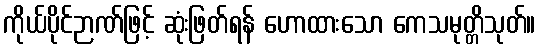
ကိုယ်ပိုင်ဉာဏ်ဖြင့် ဆုံးဖြတ်ရန် ဟောထားသော ကေသမုတ္တိသုတ်။